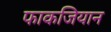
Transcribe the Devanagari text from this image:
फाकजियान